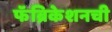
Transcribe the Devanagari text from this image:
फॅब्रिकेशनची